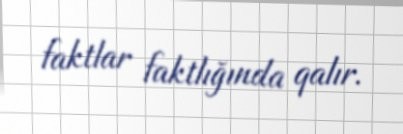
faktlar faktlığında qalır.